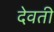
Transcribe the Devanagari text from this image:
देवती